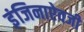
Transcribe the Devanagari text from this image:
इंजिनाऐवजी